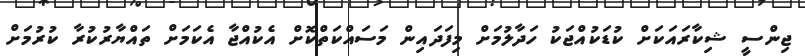
ޖިންސީ ޝިކާރައަކަށް ކުޑަކުއްޖަކު ހަދާލުމަށް މިފަދައިން މަސައްކަތްކޮށް އެކުއްޖާ އެކަމަށް ތައްޔާރުކުރާ ކުރުމަށް